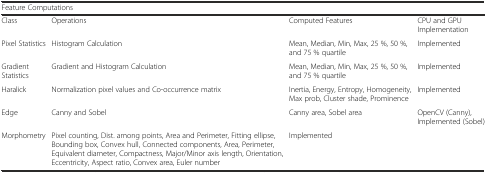
<table><thead><tr><td colspan="4"><b>Feature Computations</b></td></tr></thead><tbody><tr><td>Class</td><td>Operations</td><td>Computed Features</td><td>CPU and GPU Implementation</td></tr><tr><td>Pixel Statistics</td><td>Histogram Calculation</td><td>Mean, Median, Min, Max, 25 %, 50 %, and 75 % quartile</td><td>Implemented</td></tr><tr><td>Gradient Statistics</td><td>Gradient and Histogram Calculation</td><td>Mean, Median, Min, Max, 25 %, 50 %, and 75 % quartile</td><td>Implemented</td></tr><tr><td>Haralick</td><td>Normalization pixel values and Co-occurrence matrix</td><td>Inertia, Energy, Entropy, Homogeneity, Max prob, Cluster shade, Prominence</td><td>Implemented</td></tr><tr><td>Edge</td><td>Canny and Sobel</td><td>Canny area, Sobel area</td><td>OpenCV (Canny), Implemented (Sobel)</td></tr><tr><td>Morphometry</td><td>Pixel counting, Dist. among points, Area and Perimeter, Fitting ellipse, Bounding box, Convex hull, Connected components, Area, Perimeter, Equivalent diameter, Compactness, Major/Minor axis length, Orientation, Eccentricity, Aspect ratio, Convex area, Euler number</td><td colspan="2">Implemented</td></tr></tbody></table>